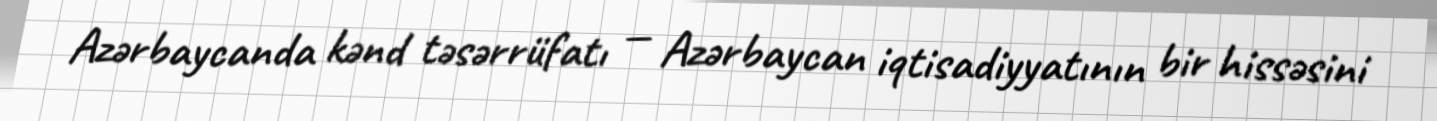
Azərbaycanda kənd təsərrüfatı — Azərbaycan iqtisadiyyatının bir hissəsini